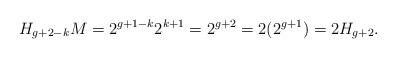
LaTeX: \begin{align*} H_{g+2-k}M=2^{g+1-k}2^{k+1}=2^{g+2}=2(2^{g+1})=2H_{g+2}.\end{align*}